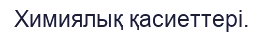
Химиялық қасиеттері.